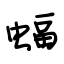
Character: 蝠